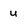
Character: u